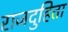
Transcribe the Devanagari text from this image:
राजदुहिता